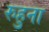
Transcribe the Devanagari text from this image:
रुहुना